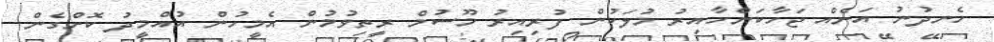
ހެނދުނު އަށެއް ޖަހާކަންހާއިރު މުލަކުން ފުރިއިރު މޫސުމް ރީތިވުމުން އެމީހުން އުއްމީދު ކޮށްގެން